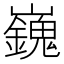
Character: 𡾾